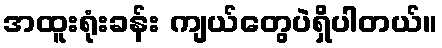
အထူးရုံးခန်း ကျယ်တွေပဲရှိပါတယ်။